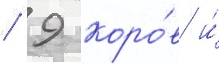
/ 9 коро́в и́